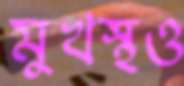
মুখস্থও